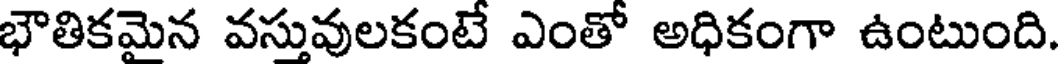
భౌతికమైన వస్తువులకంటే ఎంతో అధికంగా ఉంటుంది.